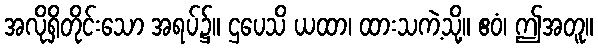
အလိုရှိတိုင်းသော အရပ်၌။ ဌပေသိ ယထာ၊ ထားသကဲ့သို့။ ဧဝံ၊ ဤအတူ။